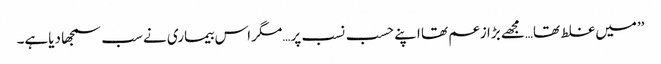
’’میں غلط تھا…مجھے بڑا زعم تھا اپنے حسب نسب پر…مگر اس بیماری نے سب سمجھا دیاہے۔